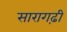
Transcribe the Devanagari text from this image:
सारागढ़ी